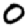
Digit: 0